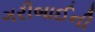
ગરીબાઈની